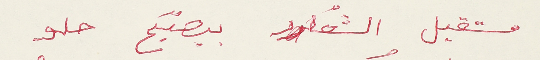
مستقبل الشعر بيصبّح حلو